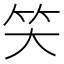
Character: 𰩬